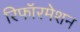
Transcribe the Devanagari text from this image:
रिफॉरमेशन